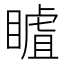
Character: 䁦